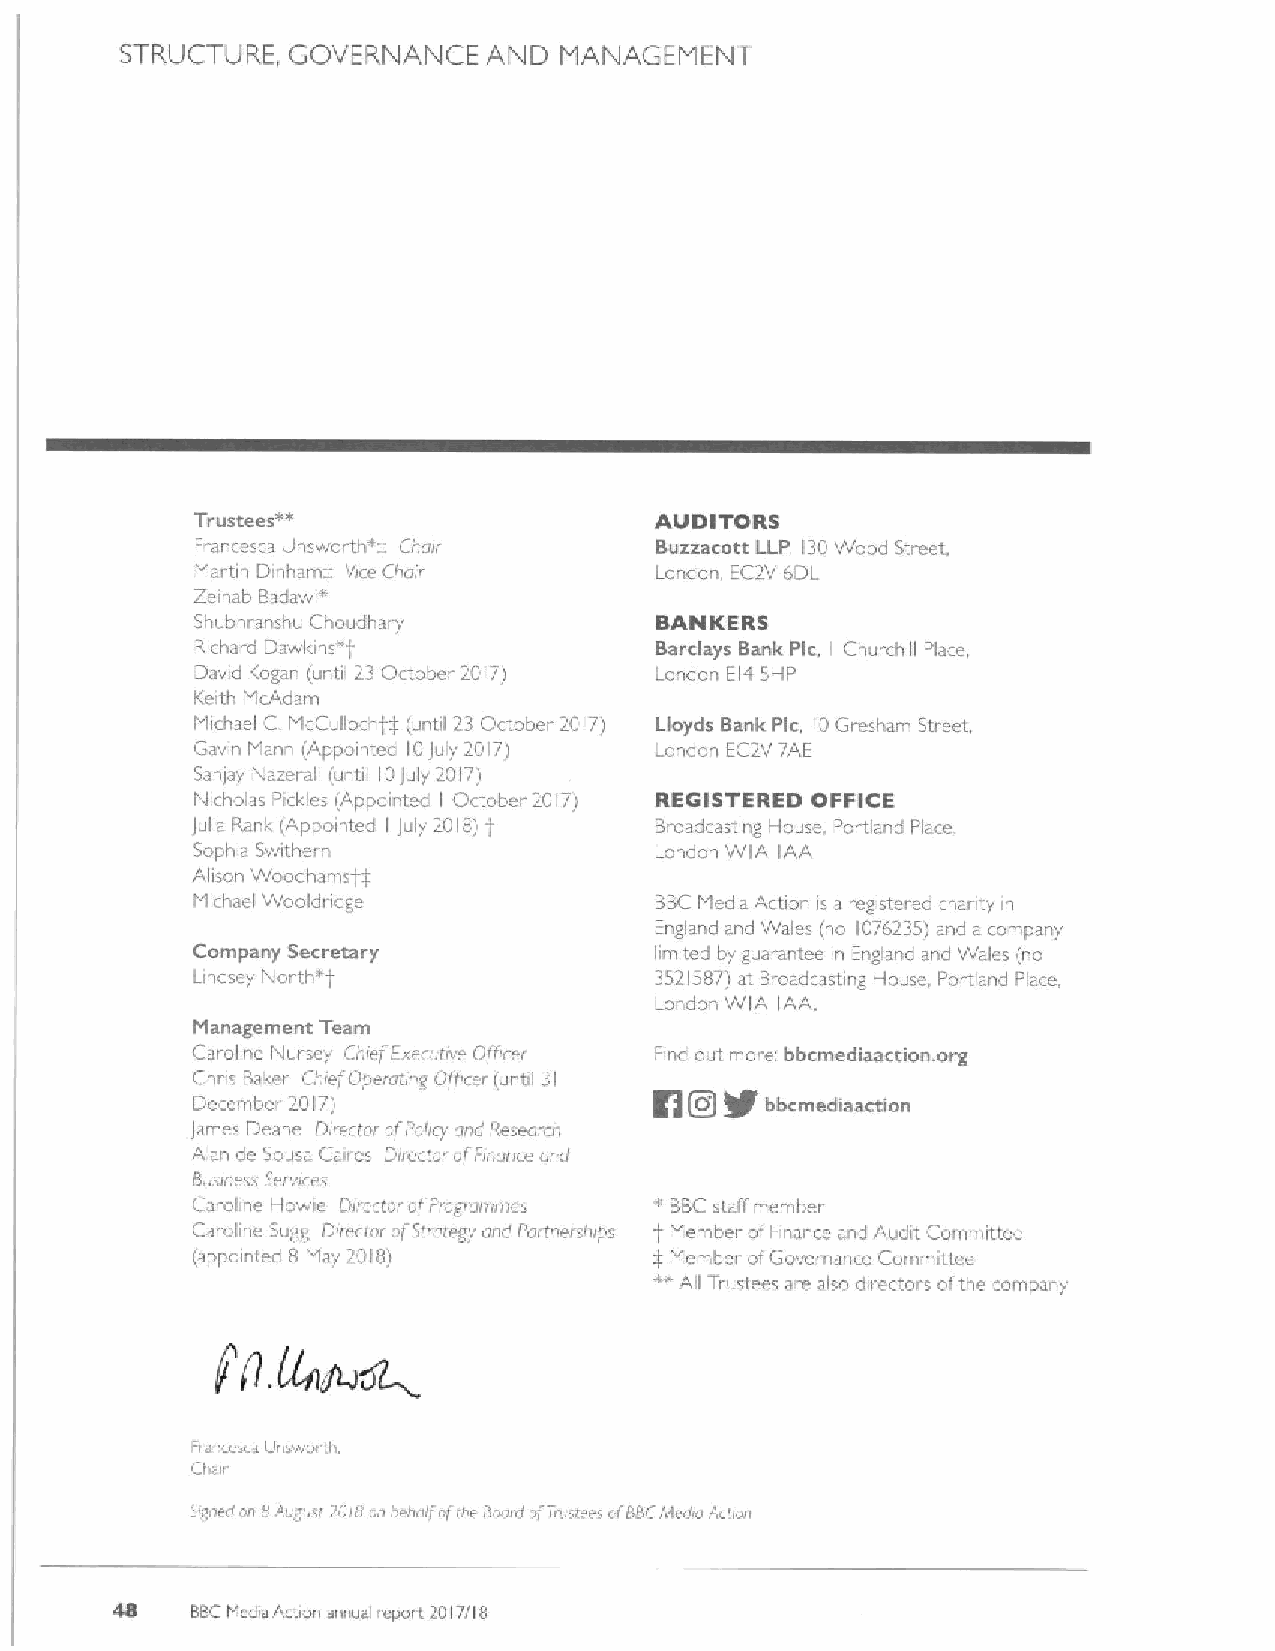
STRUCTLIRE, GOVERNANCE  AND  MANAGEMENT
 Trustees**                    AUDITORS
 Francesca L)nswortht:: Chair  Buzzacott LLP, 130Wood Street,
 Martin Dinhamg Vice Chai~     London, EC2V 6DL
 Zeinab Badawi"
 Shubhranshu Chaudhary         BANKERS
 Richard Dawlans""             Barclays Bank Plc, Churchill Pla e,
 il
 Dawd Kogan (until 23 October 2017) Landan EI4 5~P
 Keith McAdam
 Michael C McCullochgg (until 23 October 2017) Lloyds Bank Plc, 10Gresham Street
 Gavel ~ Mann (Appointed 10July 2017) London EC2V 7AE
 Sanlay Nazera(i (until 10July 2017)
 Nicholas Pirl&los (Appainted October 2017) REGISTERED OFFICE
 I
 Julia Rank (Appointed July 2018)J. Broadcasting House, Portland Place
 I
 Sophia Swithern               London WIA IAA
 Alison Woodhams — ,' T
 Michael Waoldndge             BBCMedia Action is a registered chanty in
 England and Wales (na 1076235)and a company
 Company Secretary             limited by guarantee in England and Wales (no
 Lindsey North'                3521587) at Broadcasting l-louse, Portland Place,
 Landon WIA IAA.
 Management Team
 Caroline Nurscy Chief Executive Officer Find out more bbcrnediaaction, ovg
 Chris 13aker Chiief Operating Oflicer (until 31 g +
 December 2017)                        bb«mediaaction
 QO
 James Deane Directe ofPolicy and Researrh
 Alan de Sousa Caires Director ofFinance and
 Busini ss Se aces
 Carokne Howie Director ofProgrammes s BBCstaff member
 Caroline 5ugg Director ufStiulegy and Parcnersnips I Member ofFinance and Audit Committee
 (appointed 8 May 2018)        4 Member ofGovernance Committee
 +"
 All Trustees are also directors ofthe company
 .
 Fiare a Linswonh.
 Ctas
 Sranrd on p Aueusi 2cig un ue!gulf ufme Buurd ofTiustees ui 88Cfstuuu 2tcuun
 48    88C FtediaArtion annual report 2017/18